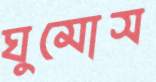
ঘুমোস